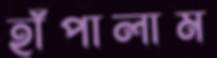
হাঁপালাম